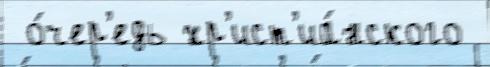
 о́чер'едь хр'ист'иа́нского